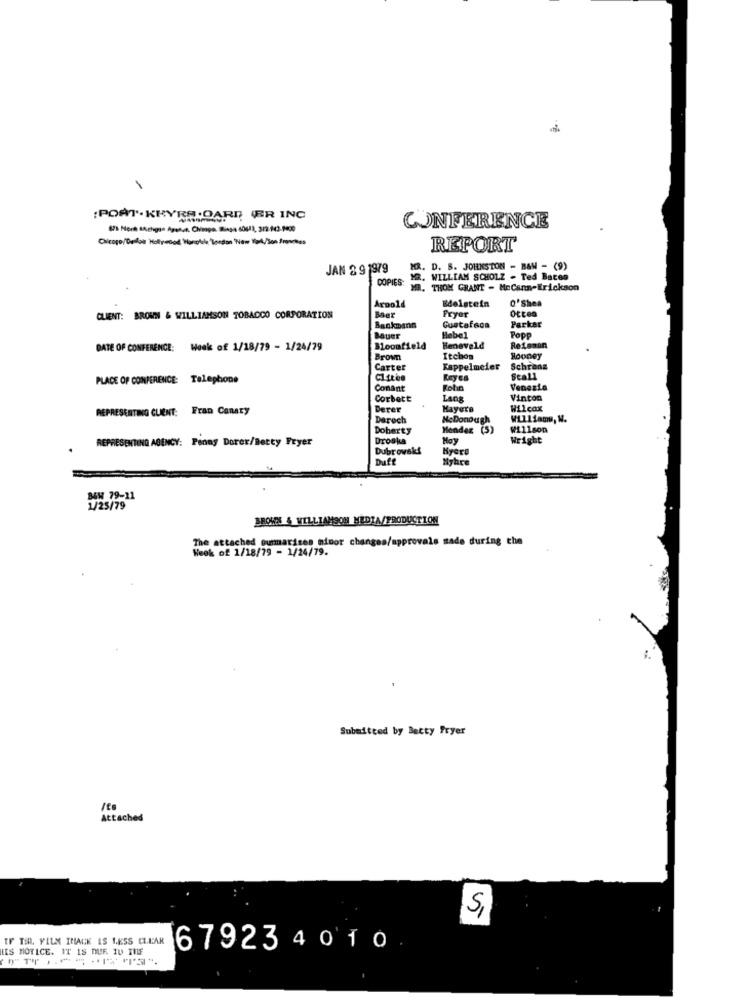
:PORT. KRYRS.OARD ER INC
CONFERENCE
REPORT
JAN 2 9 1979
MR. D. S. JOHNSTON - BAN - (9)
COPIES
Y2. WILLIAM SCHOLZ - Ted Bates
MR. THOM GRANT - MOCann-Erickson
Edelstein
O'Shea
Boer
Arnold
CLIENT: BROWN & WILLIAMSON TOBACCO CORPORATION
Fryer
Backmann
Gustafson
Parker
Bauer
Hebel
Popp
DATE OF CONFERENCE: Hoek of 1/18/79 - 1/24/79
Bloomfield
Heneveld
Retenin
Brown
Itchos
Booney
Carter
Kappelmeier
Schranz
PLACE OF CONFERENCE: Telephone
Reyes
Stall
Conant
Folin
Venezia
Corbett
Lang
Vinton
REPRESENTING CLIENT: Fran Canary
Derer
Hayers
Wilcox
Derech
McDonough
William, W.
Doherty
Mendez (5)
Willson
REPRESENTING AGENCY: Penny Dorer/Betty Fryer
Droska
May
Wright
Dubrowski
Kyere
Duft
Myhre
BEN 79-11
1/25/79
BROWS & WILLIAMSON MEDIA/PRODUCTION
The attached oumarines minor changes/approvals made during the
Week of 1/18/79 - 1/24/79.
Submitted by Betty Fryer
Attached
5,
TF TIR. FILM IMAGE IS LESS CLEAR
IIS MOTICE. IT IS DUR. TU TILF
67923 4 0 1 0